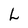
Character: L